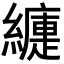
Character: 𦆍